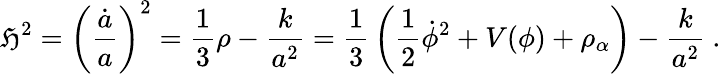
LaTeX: \mathfrak{H}^{2}=\left({\frac{{\dot{{a}}}}{{a}}}\right)^{2}={\frac{{1}}{{3}}}\rho-{\frac{{k}}{{a^{2}}}}={\frac{{1}}{{3}}}\left({\frac{{1}}{{2}}}\dot{{\phi}}^{2}+V(\phi)+\rho_{\alpha}\right)-{\frac{{k}}{{a^{2}}}}\ .